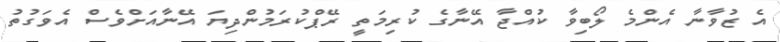
އެ ޒުވާނާ އެންމެ ލޯބިވާ ކުއްޖާ އޭނާގެ ކުރިމަތީ ރޭޕްކުރަމުންދިޔަ އޭނާއަށްވެސް އެވަގުތު